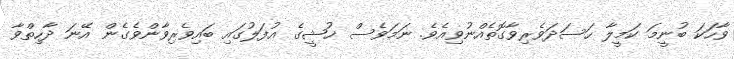
ވާހަކަ ބުނީމަ ކަމީލާ ހަސަދަވެރިވާގޮތެއްނުވިއެވެ. ނަމަވެސް ޚުޝީގެ އުފަލުގައި ބައިވެރިވާންވެގެން އޭނަ ދާހިތްވާ